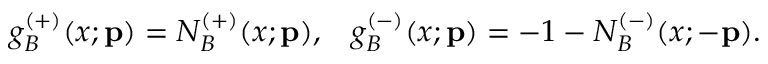
g _ { B } ^ { ( + ) } ( x ; { \bf p } ) = N _ { B } ^ { ( + ) } ( x ; { \bf p } ) , \; \; \; g _ { B } ^ { ( - ) } ( x ; { \bf p } ) = - 1 - N _ { B } ^ { ( - ) } ( x ; - { \bf p } ) .